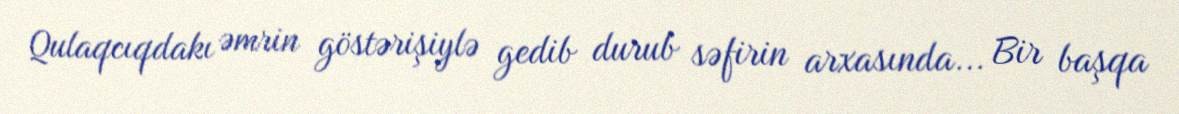
Qulaqcıqdakı əmrin göstərişiylə gedib durub səfirin arxasında... Bir başqa